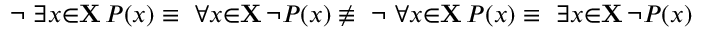
\lnot \ \exists { x } { \in } \mathbf { X } \, P ( x ) \equiv \ \forall { x } { \in } \mathbf { X } \, \lnot P ( x ) \not \equiv \ \lnot \ \forall { x } { \in } \mathbf { X } \, P ( x ) \equiv \ \exists { x } { \in } \mathbf { X } \, \lnot P ( x )